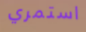
استمري